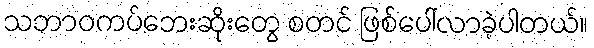
သဘာဝကပ်ဘေးဆိုးတွေ စတင် ဖြစ်ပေါ်လာခဲ့ပါတယ်။